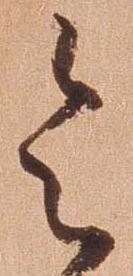
令